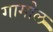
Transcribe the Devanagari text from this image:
गागोल